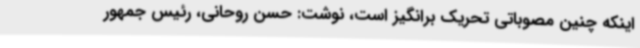
اینکه چنین مصوباتی تحریک برانگیز است، نوشت: حسن روحانی، رئیس جمهور